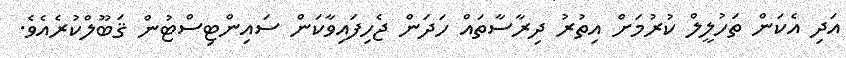
އަދި އެކަން ތަހުލީލް ކުރުމަށް އިތުރު ދިރާސާތައް ހަދަން ޖެހިފައިވާކަން ސައިންޓިސްޓުން ޤަބޫލްކުރެއެވެ.